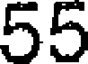
55